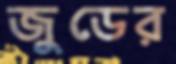
জুডের